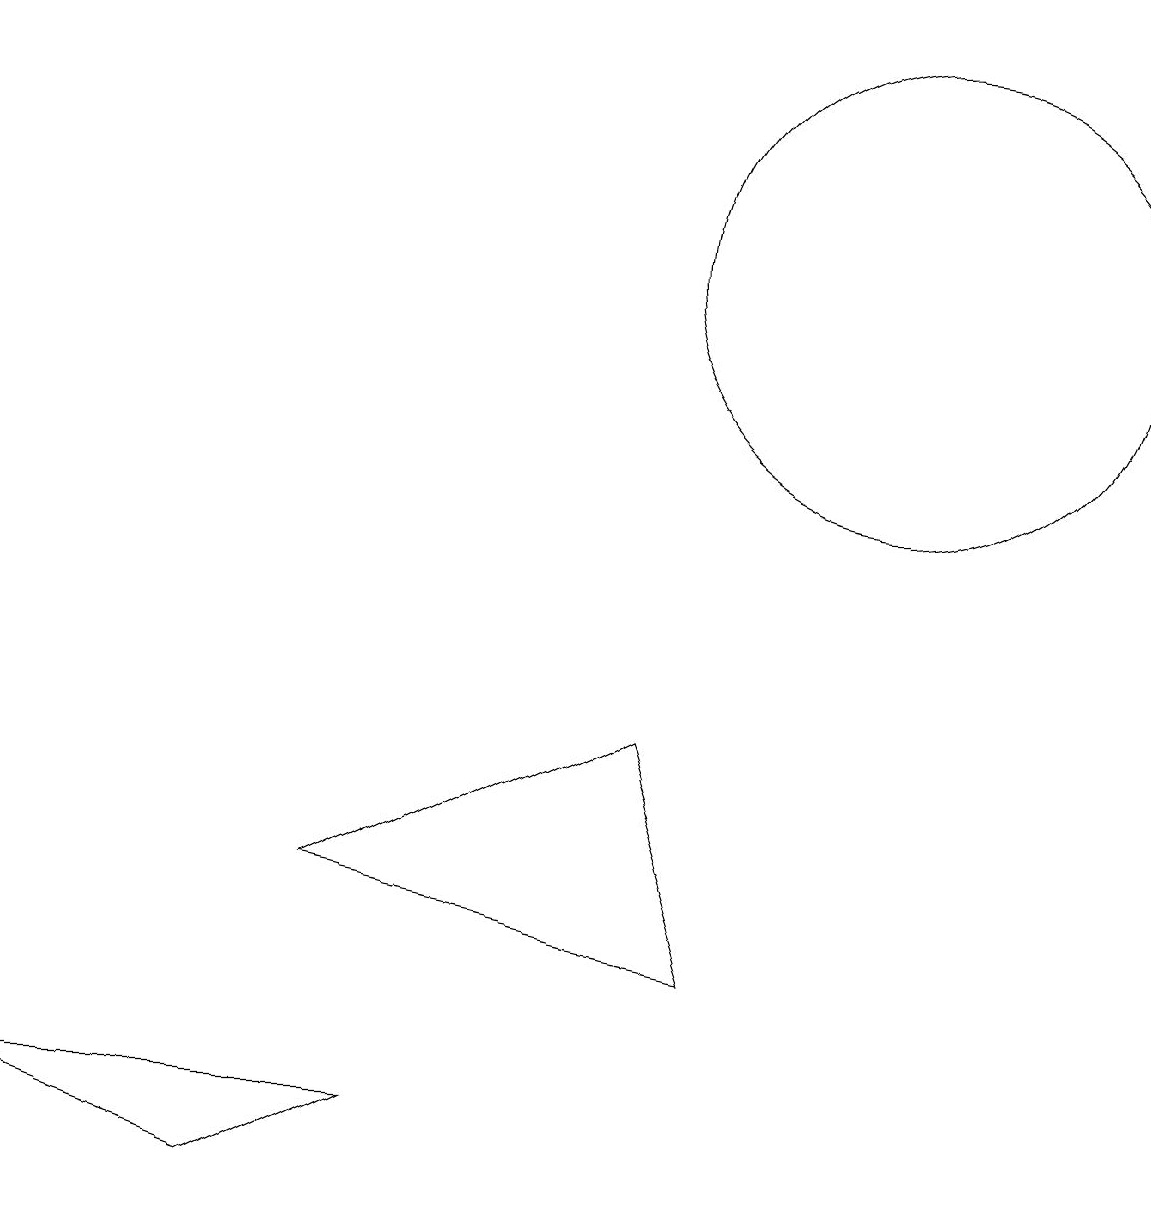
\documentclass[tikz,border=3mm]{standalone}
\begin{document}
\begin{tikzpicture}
\draw (11,12) circle (3);
\draw (9,3) -- (8,6) -- (4,4) -- cycle;
\draw (10,10) circle (0);
\draw (3,0) -- (5,1) -- (0,1) -- cycle;
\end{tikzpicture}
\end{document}